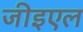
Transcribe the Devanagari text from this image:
जीइएल